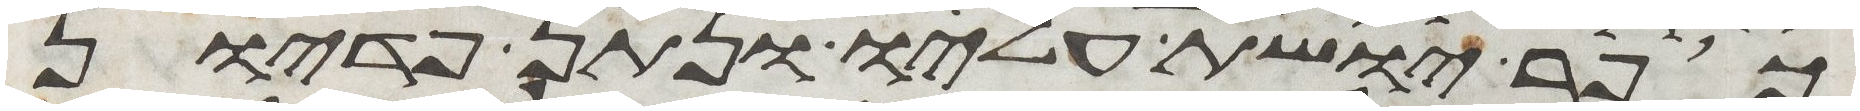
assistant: כופר יושת עליו ונתן פדיון